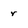
Character: r